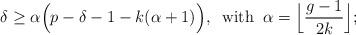
LaTeX: \begin{align*} \delta \geq \alpha\Big(p-\delta-1-k(\alpha+1)\Big), \; \; \mbox{with} \; \; \alpha= \Big\lfloor \frac{g-1}{2k}\Big\rfloor; \end{align*}